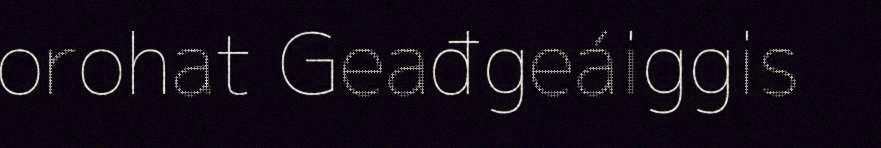
orohat Geađgeáiggis